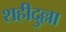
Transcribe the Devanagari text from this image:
शहीदुल्ला